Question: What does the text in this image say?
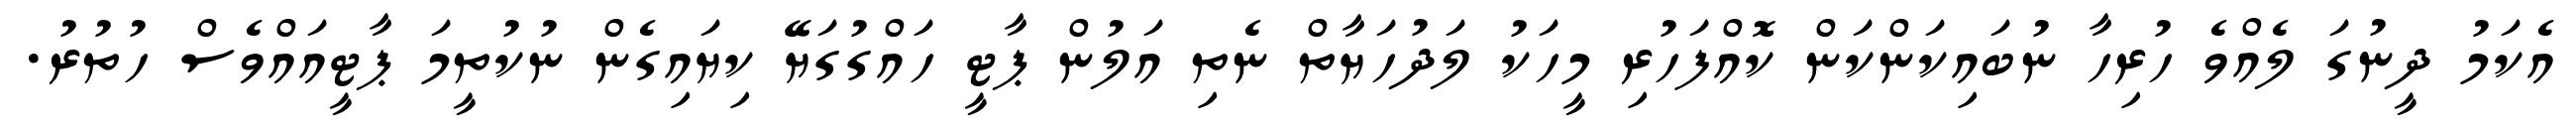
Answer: އެކަމު ދީނުގަ ލެއްވެ ހުރިހާ ނުބައިކަންކަން ކޮއްފަހުރި މީހަކު ލަދުހަޔާތް ނެތި އަލުން ޕާޓީ ހައްގުގަޔޭ ކިޔައިގެން ނުކުތީމަ ޕާޓީއައްވެސް ހުތުރު.